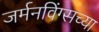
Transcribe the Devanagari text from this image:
जर्मनविंग्सच्या